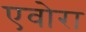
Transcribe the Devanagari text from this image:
एवोरा